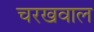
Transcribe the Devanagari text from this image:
चरखवाल